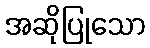
အဆိုပြုသော